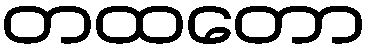
တထတော